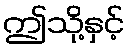
ဤသို့နှင့်